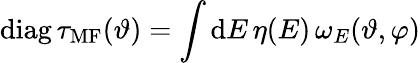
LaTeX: \mathrm{diag}\, \tau_{\mathrm{MF}}(\vartheta)=\int\mathrm{d}E\, \eta(E)\, \omega_{E}(\vartheta,\varphi)